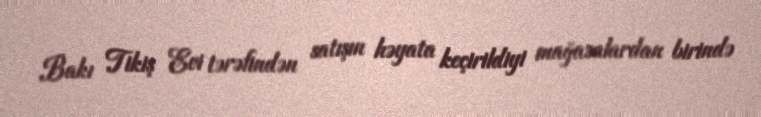
Bakı Tikiş Evi tərəfindən satışın həyata keçirildiyi mağazalardan birində